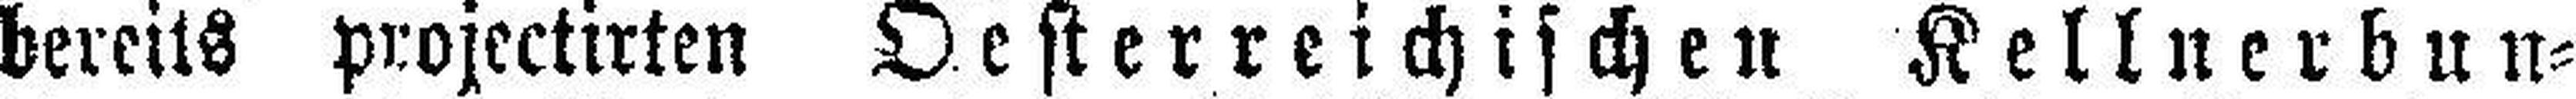
bereits projectirten Oesterreichischen Kellnerbun¬